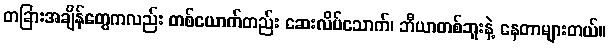
တခြားအချိန်တွေကလည်း တစ်ယောက်တည်း ဆေးလိပ်သောက်၊ ဘီယာတစ်ဘူးနဲ့ နေတာများတယ်။